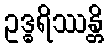
ဥဒ္ဓရိဿန္တိ